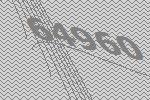
64960